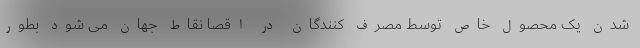
شدن یک محصول خاص توسط مصرف کنندگان در اقصا نقاط جهان می شود بطور